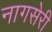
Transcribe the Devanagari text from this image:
नागसेरी